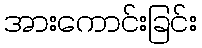
အားကောင်းခြင်း